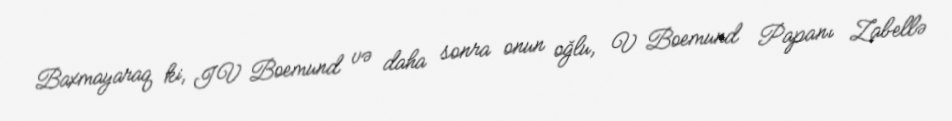
Baxmayaraq ki, IV Boemund və daha sonra onun oğlu, V Boemund Papanı Zabellə